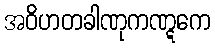
အဝိဟတခါဏုကဏ္ဋကေ